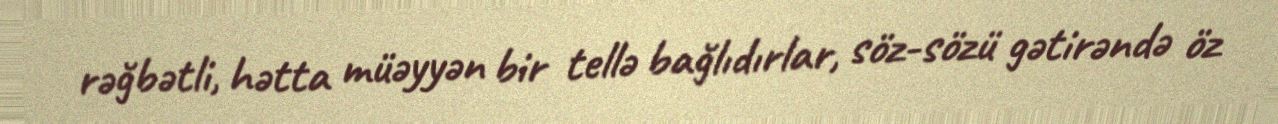
rəğbətli, hətta müəyyən bir tellə bağlıdırlar, söz-sözü gətirəndə öz